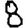
Digit: 8